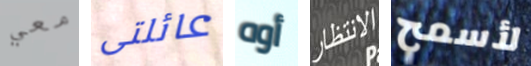
معي عائلتى أوه الانتظار لأسمح